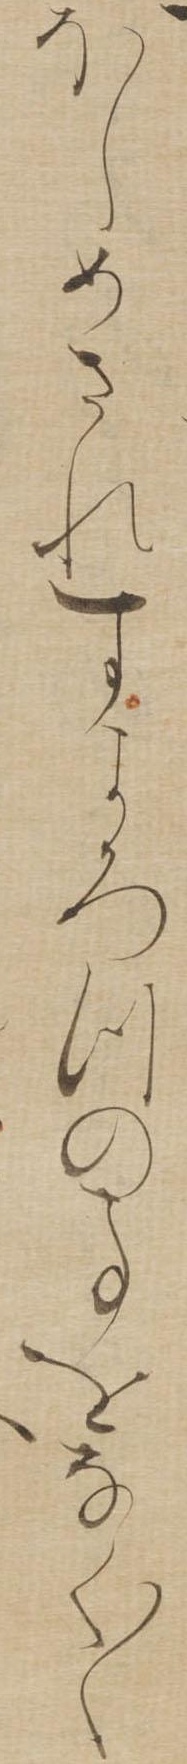
ほしめされすよろつの事をなく〱